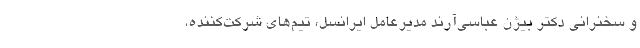
و سخنرانی دکتر بیژن عباسی‌آرند مدیرعامل ایرانسل، تیم‌های شرکت‌کننده،